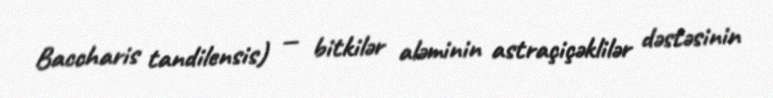
Baccharis tandilensis) — bitkilər aləminin astraçiçəklilər dəstəsinin